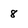
Character: 8